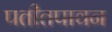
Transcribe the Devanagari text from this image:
पतीतपावन